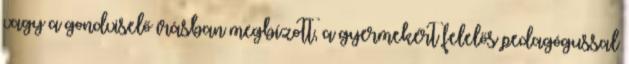
vagy a gondviselő írásban megbízott, a gyermekért felelős pedagógussal